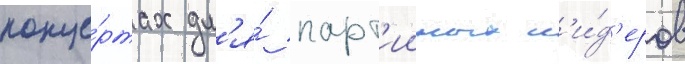
конце́ртах дл'я́ парт'ииных л'и́д'еров